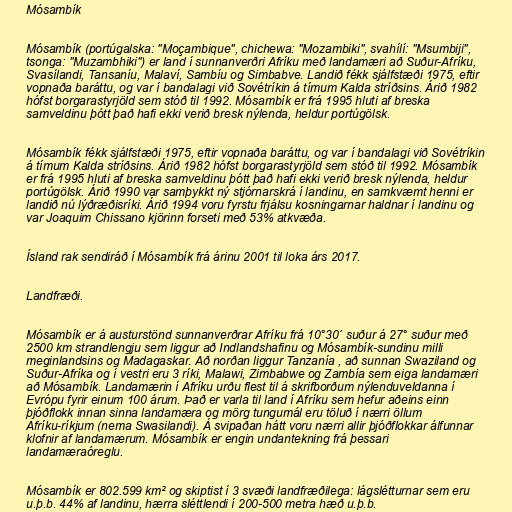
Mósambík

Mósambík (portúgalska: "Moçambique", chichewa: "Mozambiki", svahílí: "Msumbiji",
tsonga: "Muzambhiki") er land í sunnanverðri Afríku með landamæri að Suður-Afríku,
Svasílandi, Tansaníu, Malaví, Sambíu og Simbabve. Landið fékk sjálfstæði 1975, eftir
vopnaða baráttu, og var í bandalagi við Sovétríkin á tímum Kalda stríðsins. Árið 1982
hófst borgarastyrjöld sem stóð til 1992. Mósambík er frá 1995 hluti af breska
samveldinu þótt það hafi ekki verið bresk nýlenda, heldur portúgölsk.

Mósambík fékk sjálfstæði 1975, eftir vopnaða baráttu, og var í bandalagi við Sovétríkin
á tímum Kalda stríðsins. Árið 1982 hófst borgarastyrjöld sem stóð til 1992. Mósambík
er frá 1995 hluti af breska samveldinu þótt það hafi ekki verið bresk nýlenda, heldur
portúgölsk. Árið 1990 var samþykkt ný stjórnarskrá í landinu, en samkvæmt henni er
landið nú lýðræðisríki. Árið 1994 voru fyrstu frjálsu kosningarnar haldnar í landinu og
var Joaquim Chissano kjörinn forseti með 53% atkvæða.

Ísland rak sendiráð í Mósambík frá árinu 2001 til loka árs 2017.

Landfræði.

Mósambík er á austurstönd sunnanverðrar Afríku frá 10°30´ suður á 27° suður með
2500 km strandlengju sem liggur að Indlandshafinu og Mósambík-sundinu milli
meginlandsins og Madagaskar. Að norðan liggur Tanzanía , að sunnan Swaziland og
Suður-Afríka og í vestri eru 3 ríki, Malawi, Zimbabwe og Zambía sem eiga landamæri
að Mósambík. Landamærin í Afríku urðu flest til á skrifborðum nýlenduveldanna í
Evrópu fyrir einum 100 árum. Það er varla til land í Afríku sem hefur aðeins einn
þjóðflokk innan sinna landamæra og mörg tungumál eru töluð í nærri öllum
Afríku-ríkjum (nema Swasilandi). Á svipaðan hátt voru nærri allir þjóðflokkar álfunnar
klofnir af landamærum. Mósambík er engin undantekning frá þessari
landamæraóreglu.

Mósambík er 802.599 km² og skiptist í 3 svæði landfræðilega: lágslétturnar sem eru
u.þ.b. 44% af landinu, hærra sléttlendi í 200-500 metra hæð u.þ.b.